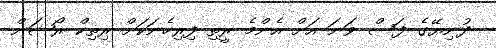
ދުނިޔޭގެ ފަސް ވަނަ އަށް އެންމެ ރީތި ފިރިހެނަކަށް ރިތިކް ރޯޝަން